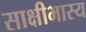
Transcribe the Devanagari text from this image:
साक्षीभास्य